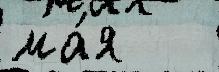
ма́я